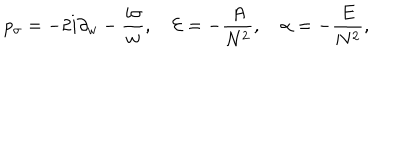
p _ { \sigma } = - 2 i \partial _ { w } - \frac { i \sigma } { w } , \quad { \cal E } = - \frac { A } { N ^ { 2 } } , \quad \alpha = - \frac { E } { N ^ { 2 } } ,